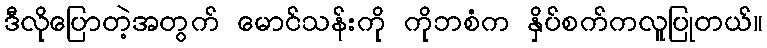
ဒီလိုပြောတဲ့အတွက် မောင်သန်းကို ကိုဘစံက နှိပ်စက်ကလူပြုတယ်။